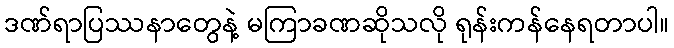
ဒဏ်ရာပြဿနာတွေနဲ့ မကြာခဏဆိုသလို ရုန်းကန်နေရတာပါ။